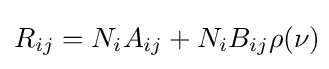
R_{ij}=N_{i}A_{ij}+N_{i}B_{ij}\rho (\nu )\!